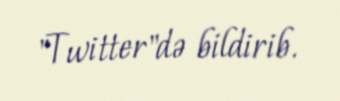
"Twitter"də bildirib.